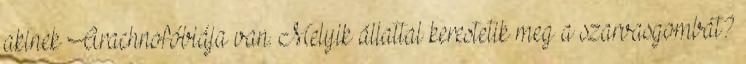
akinek Arachnofóbiája van. Melyik állattal kerestetik meg a szarvasgombát?